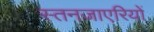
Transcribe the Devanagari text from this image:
स्तनजाएरियों